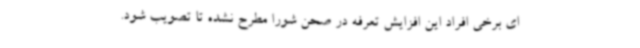
ای برخی افراد این افزایش تعرفه در صحن شورا مطرح نشده تا تصویب شود.